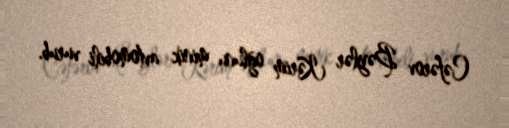
Cəfərov Bəylər Kərim oğlunu minik avtomobili vurub.